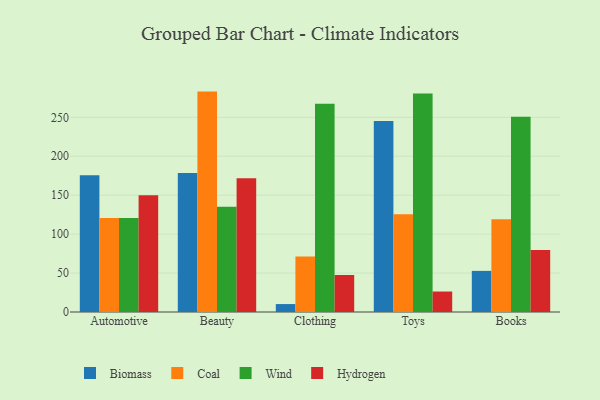
{"axis": {"x": "Category", "y": "Population (Million)"}, "legend": ["Biomass", "Coal", "Hydrogen", "Wind"], "data": [{"x": "Automotive", "y": 175.6, "type": "Biomass"}, {"x": "Automotive", "y": 120.6, "type": "Coal"}, {"x": "Automotive", "y": 120.6, "type": "Wind"}, {"x": "Automotive", "y": 149.9, "type": "Hydrogen"}, {"x": "Beauty", "y": 178.6, "type": "Biomass"}, {"x": "Beauty", "y": 283.0, "type": "Coal"}, {"x": "Beauty", "y": 135.1, "type": "Wind"}, {"x": "Beauty", "y": 171.8, "type": "Hydrogen"}, {"x": "Clothing", "y": 10.2, "type": "Biomass"}, {"x": "Clothing", "y": 71.2, "type": "Coal"}, {"x": "Clothing", "y": 267.4, "type": "Wind"}, {"x": "Clothing", "y": 47.5, "type": "Hydrogen"}, {"x": "Toys", "y": 245.3, "type": "Biomass"}, {"x": "Toys", "y": 125.4, "type": "Coal"}, {"x": "Toys", "y": 280.6, "type": "Wind"}, {"x": "Toys", "y": 26.3, "type": "Hydrogen"}, {"x": "Books", "y": 52.8, "type": "Biomass"}, {"x": "Books", "y": 119.1, "type": "Coal"}, {"x": "Books", "y": 250.8, "type": "Wind"}, {"x": "Books", "y": 79.7, "type": "Hydrogen"}]}